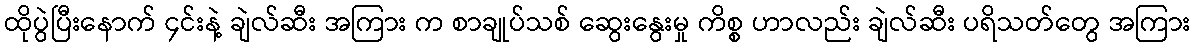
ထိုပွဲပြီးနောက် ၄င်းနဲ့ ချဲလ်ဆီး အကြား က စာချုပ်သစ် ဆွေးနွေးမှု ကိစ္စ ဟာလည်း ချဲလ်ဆီး ပရိသတ်တွေ အကြား